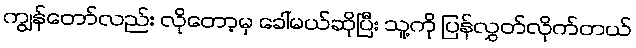
ကျွန်တော်လည်း လိုတော့မှ ခေါ်မယ်ဆိုပြီး သူ့ကို ပြန်လွှတ်လိုက်တယ်